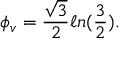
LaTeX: \phi _ { v } = \frac { \sqrt 3 } { 2 } \ell n ( { \frac 3 2 } ) .